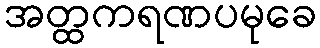
အတ္ထကရဏပမုခေ